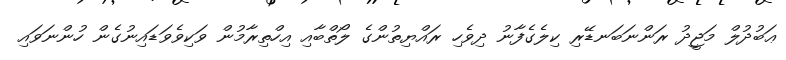
ޢަބުދުލް މަޖީދު ރަންނަބަނޑޭރި ކިލެގެފާނު ދިވެހި ރައްޔިތުންގެ ލޯތްބާއި އިހްތިރާމުން ވަކިވެވަޑައިނުގެން ހުންނަވައި